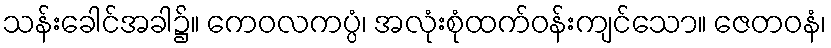
သန်းခေါင်အခါ၌။ ကေဝလကပ္ပံ၊ အလုံးစုံထက်ဝန်းကျင်သော။ ဇေတဝနံ၊